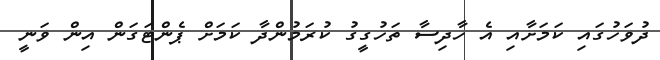
ދުވަހުގައި ކަމަށާއި އެ ހާދިސާ ތަހުގީގު ކުރަމުންދާ ކަމަށް ޕެންޓަގަން އިން ވަނީ